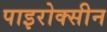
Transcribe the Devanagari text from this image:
पाइरोक्सीन